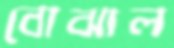
বোঝাল